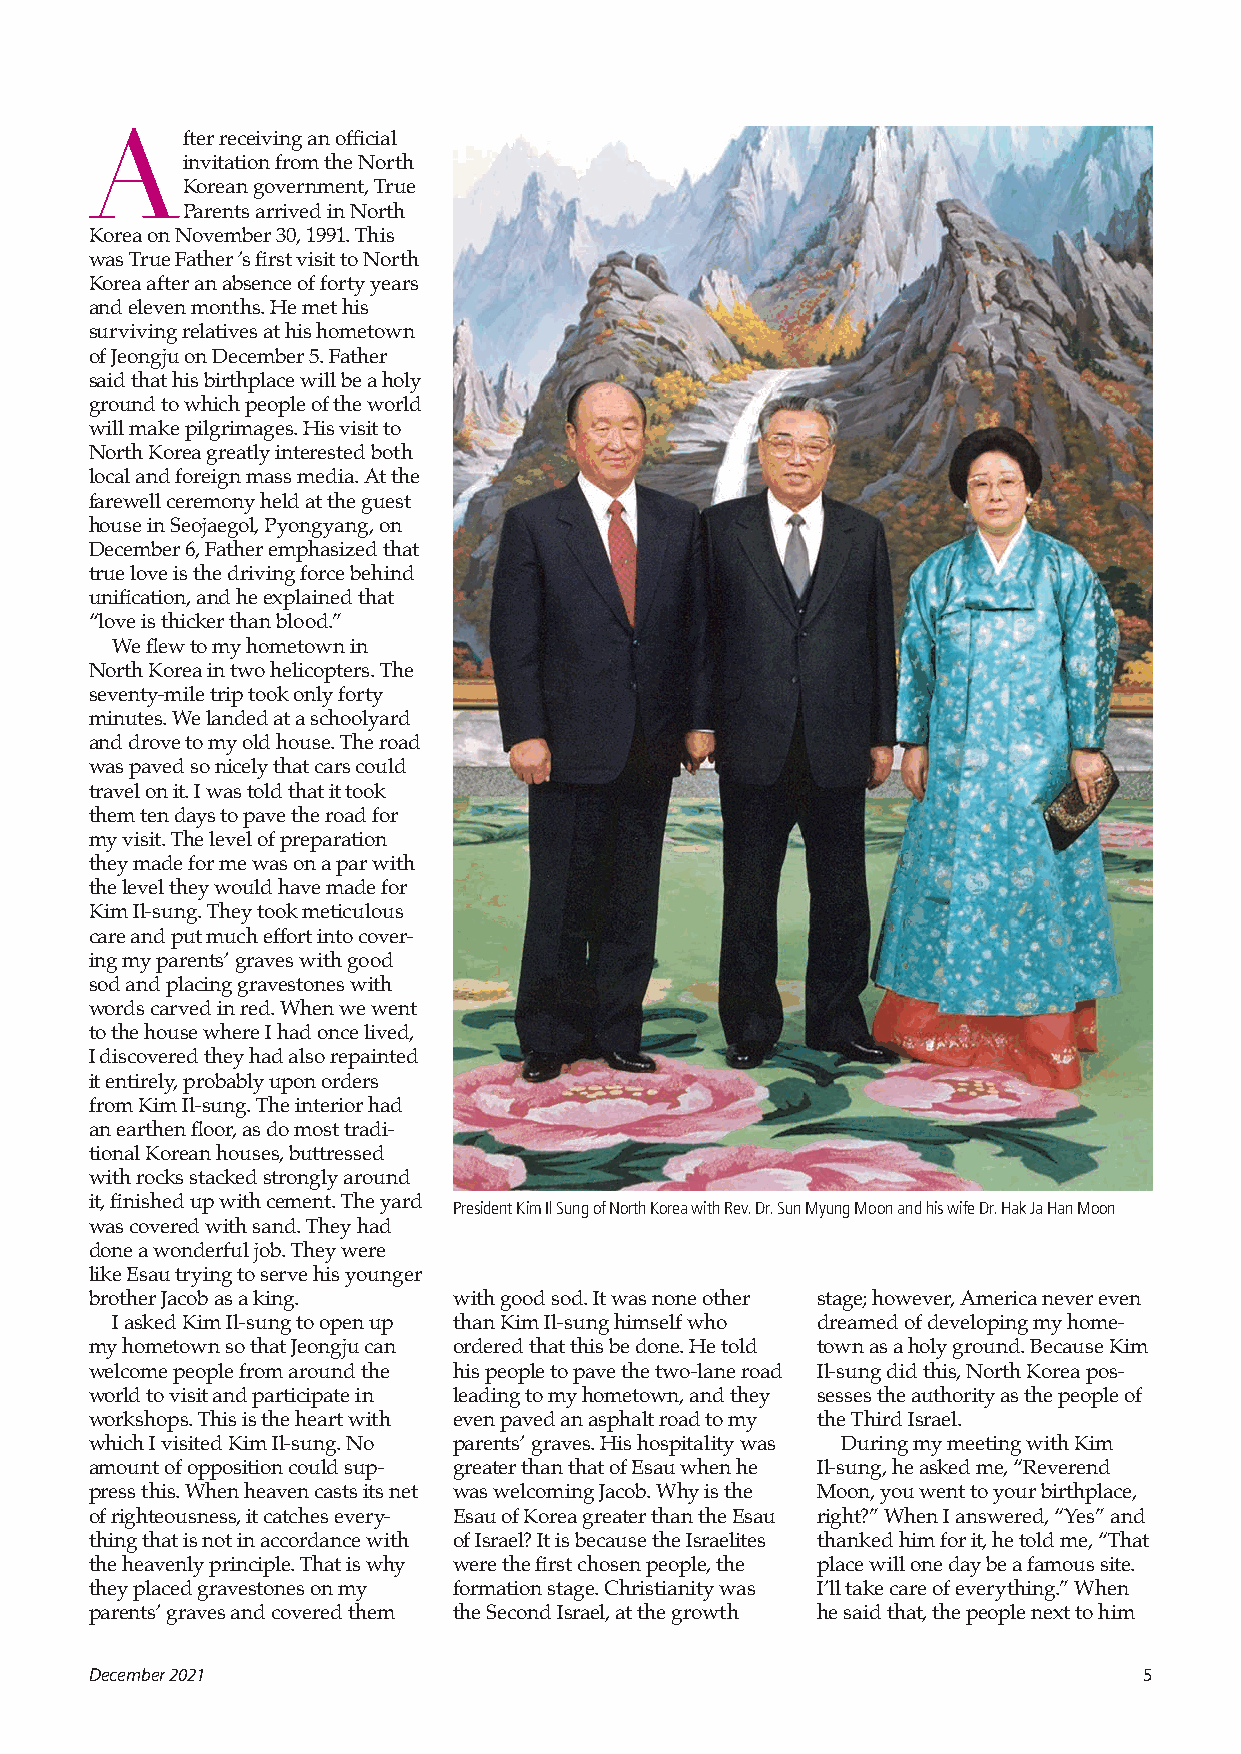
After    receiving an official
 invitation from the North
 Korean government, True
 Parents arrived in North
 Korea on November 30, 1991. This
 was True Father ’s first visit to North
 Korea after an absence of forty years
 and eleven months. He met his
 surviving relatives at his hometown
 of Jeongju on December 5. Father
 said that his birthplace will be a holy
 ground to which people of the world
 will make pilgrimages. His visit to
 North Korea greatly interested both
 local and foreign mass media. At the
 farewell ceremony held at the guest
 house in Seojaegol, Pyongyang, on
 December 6, Father emphasized that
 true love is the driving force behind
 unification, and he explained that
 “love is thicker than blood.”
 We flew to my hometown in
 North Korea in two helicopters. The
 seventy-mile trip took only forty
 minutes. We landed at a schoolyard
 and drove to my old house. The road
 was paved so nicely that cars could
 travel on it. I was told that it took
 them ten days to pave the road for
 my visit. The level of preparation
 they made for me was on a par with
 the level they would have made for
 Kim Il-sung. They took meticulous
 care and put much effort into cover-
 ing my parents’ graves with good
 sod and placing gravestones with
 words carved in red. When we went
 to the house where I had once lived,
 I discovered they had also repainted
 it entirely, probably upon orders
 from Kim Il-sung. The interior had
 an earthen floor, as do most tradi-
 tional Korean houses, buttressed
 with rocks stacked strongly around
 it, finished up with cement. The yard President Kim Il Sung of North Korea with Rev. Dr. Sun Myung Moon and his wife Dr. Hak Ja Han Moon
 was covered with sand. They had
 done a wonderful job. They were
 like Esau trying to serve his younger
 brother Jacob as a king. with good sod. It was none other stage; however, America never even
 I asked Kim Il-sung to open up than Kim Il-sung himself who dreamed of developing my home-
 my hometown so that Jeongju can ordered that this be done. He told town as a holy ground. Because Kim
 welcome people from around the his people to pave the two-lane road Il-sung did this, North Korea pos-
 world to visit and participate in leading to my hometown, and they sesses the authority as the people of
 workshops. This is the heart with even paved an asphalt road to my the Third Israel.
 which I visited Kim Il-sung. No parents’ graves. His hospitality was During my meeting with Kim
 amount of opposition could sup- greater than that of Esau when he Il-sung, he asked me, “Reverend
 press this. When heaven casts its net was welcoming Jacob. Why is the Moon, you went to your birthplace,
 of righteousness, it catches every- Esau of Korea greater than the Esau right?” When I answered, “Yes” and
 thing that is not in accordance with of Israel? It is because the Israelites thanked him for it, he told me, “That
 the heavenly principle. That is why were the first chosen people, the place will one day be a famous site.
 they placed gravestones on my formation stage. Christianity was I’ll take care of everything.” When
 parents’ graves and covered them the Second Israel, at the growth he said that, the people next to him
 December 2021                                                         5